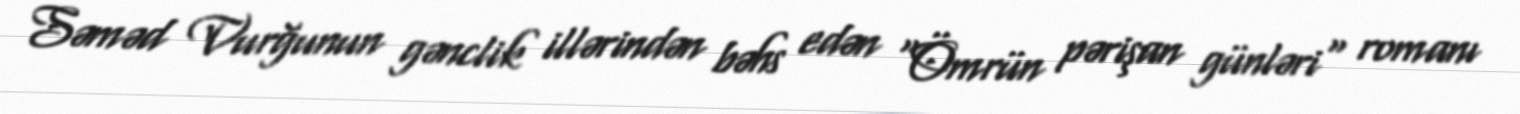
Səməd Vurğunun gənclik illərindən bəhs edən "Ömrün pərişan günləri" romanı